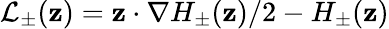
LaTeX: \mathcal{L}_{\pm}(\mathbf{z})=\mathbf{z}\cdot\nabla H_{\pm}(\mathbf{z})/2-H_{\pm}(\mathbf{z})